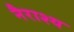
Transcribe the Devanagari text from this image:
नैराश्‍य